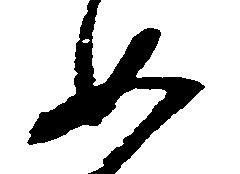
如